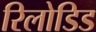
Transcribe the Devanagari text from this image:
रिलोडिड